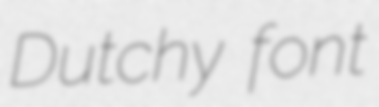
Dutchy font